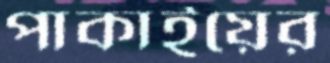
পাকাইয়ের